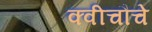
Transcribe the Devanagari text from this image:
क्वीचौचे